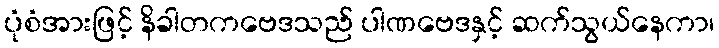
ပုံစံအားဖြင့် နိခါတကဗေဒသည် ပါဏဗေဒနှင့် ဆက်သွယ်နေကာ၊